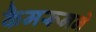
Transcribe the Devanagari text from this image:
कैमरूनने